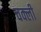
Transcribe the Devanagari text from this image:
चक्ली